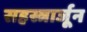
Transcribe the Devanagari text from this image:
सहस्त्रार्जून